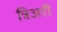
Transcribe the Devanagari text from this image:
त्रिअरी